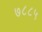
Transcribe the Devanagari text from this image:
७८८५